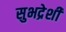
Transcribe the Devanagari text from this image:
सुभद्रेशी